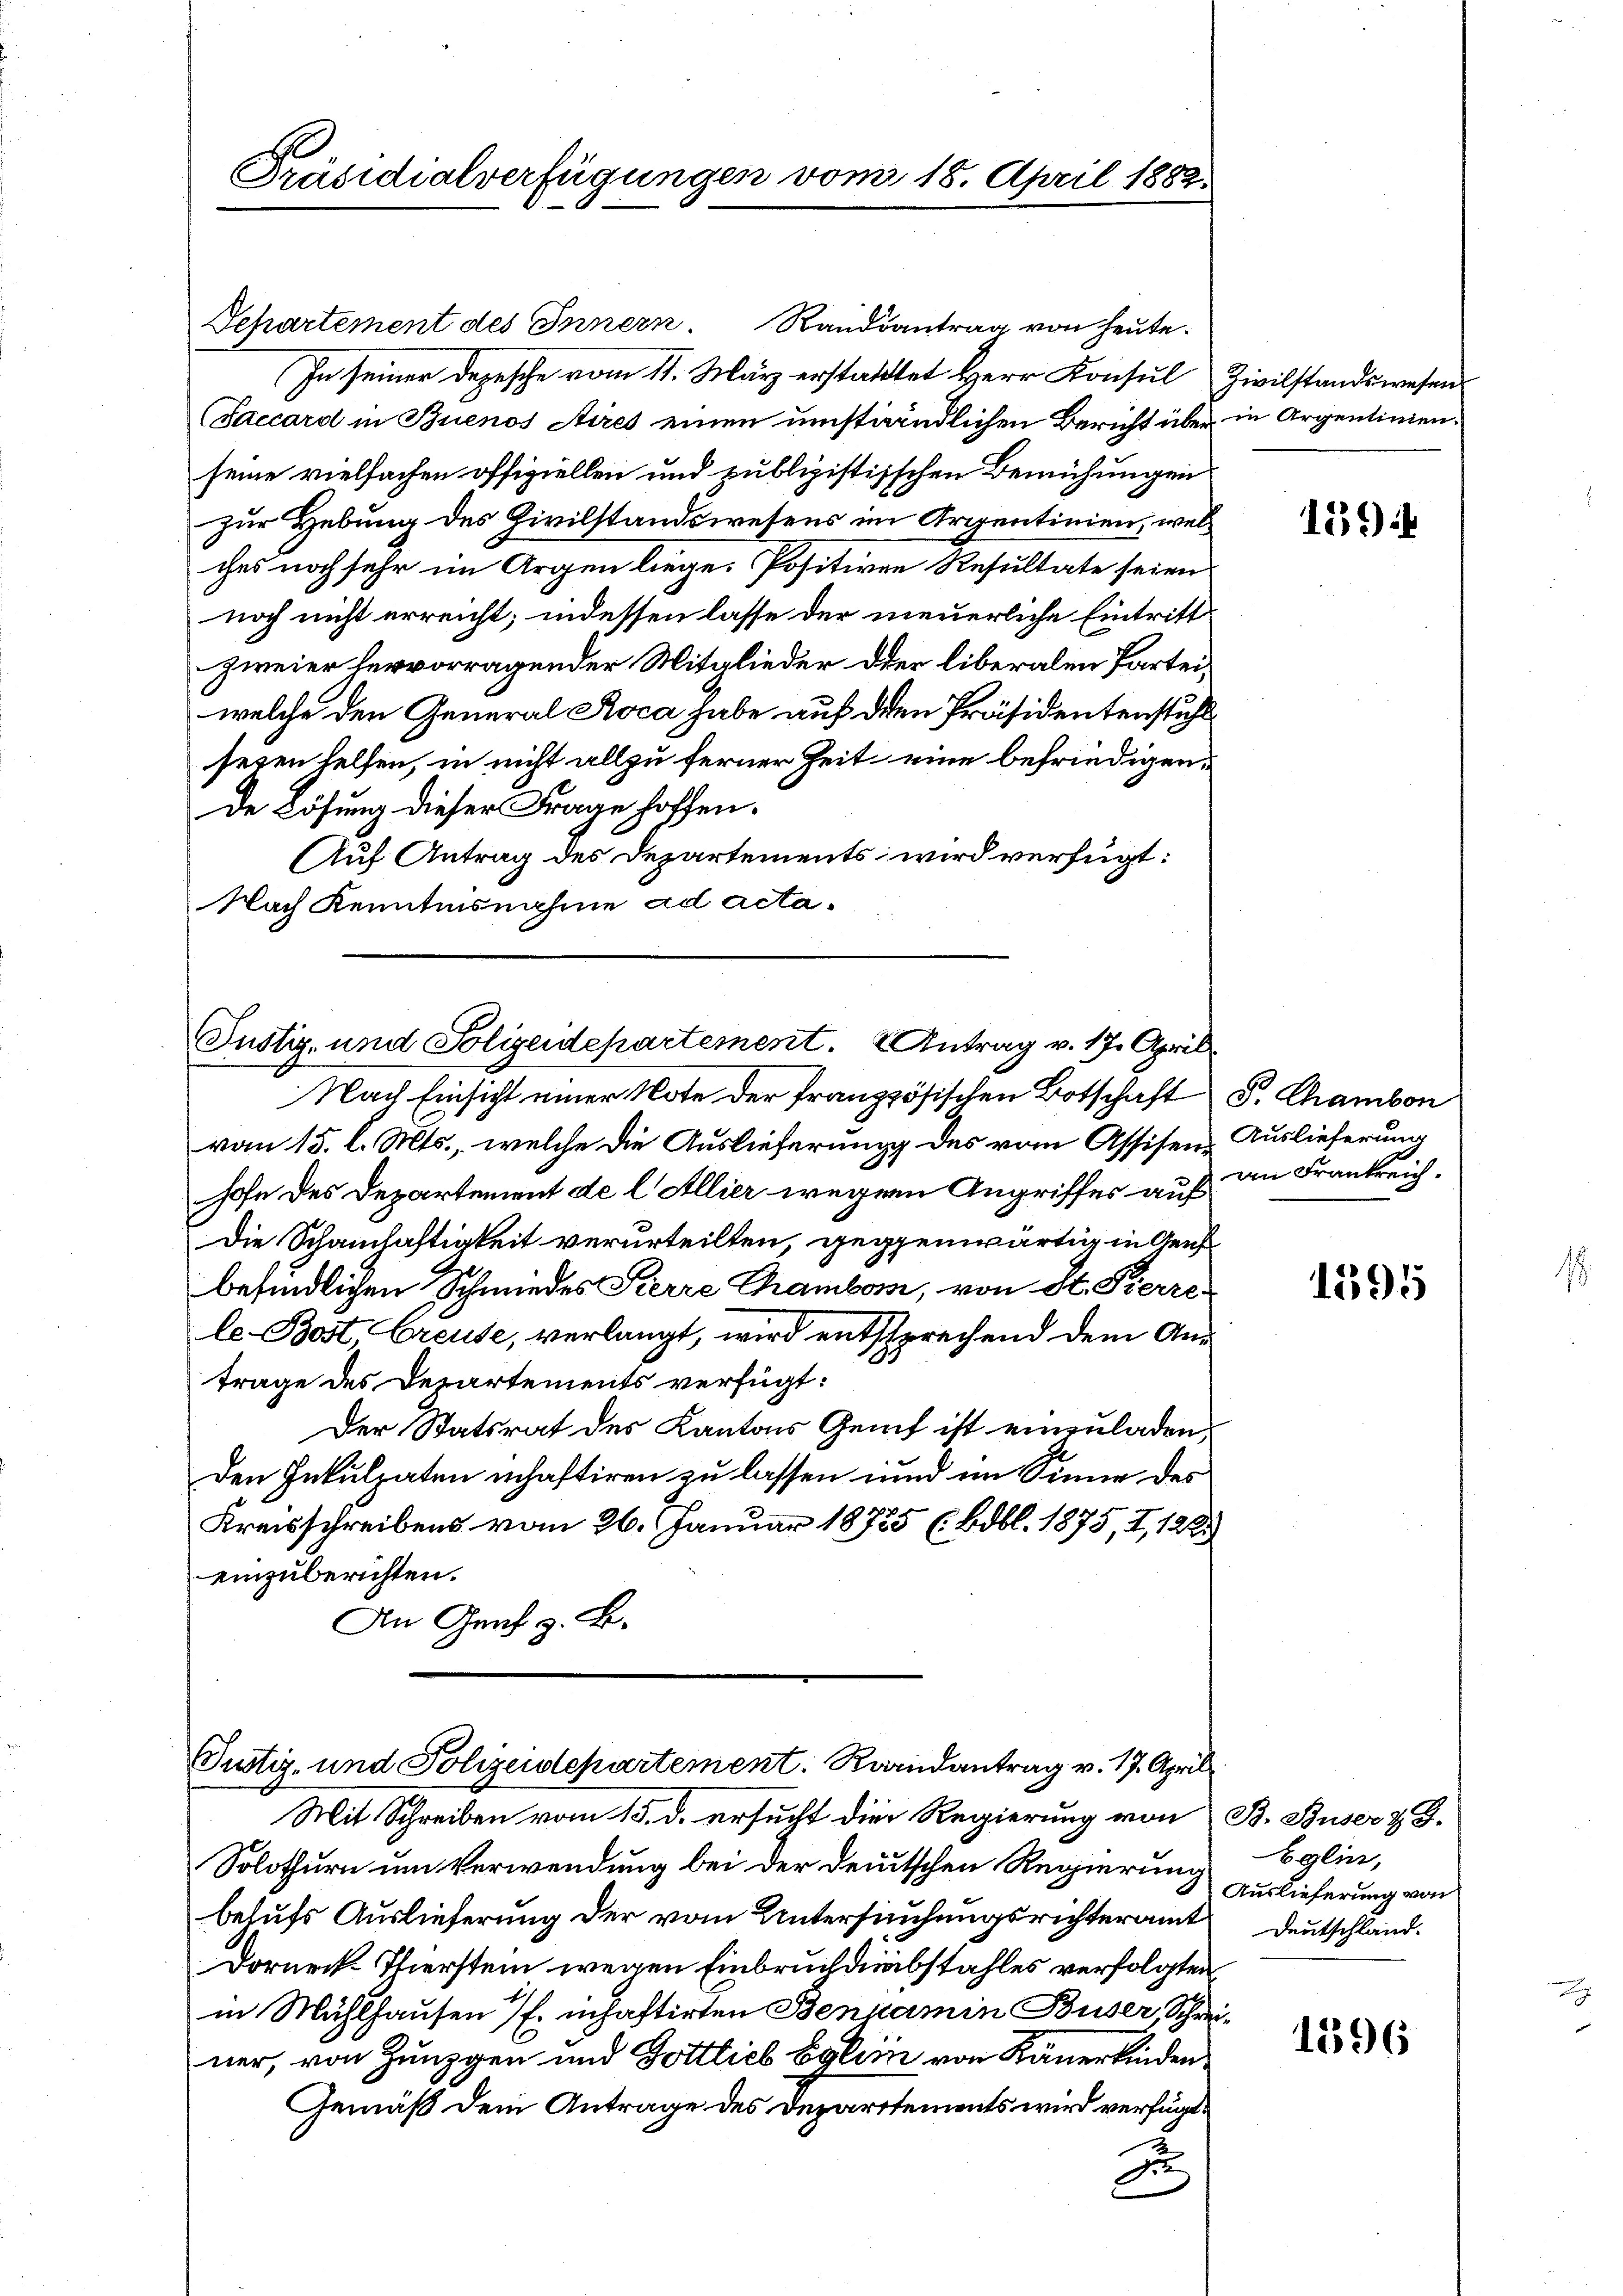
Präsidialverfügungen vom 18. April 1882.

Separtement des Innern. Randsantrag von heute.
In seiner Depesche vom 11. März erstattet Herr Konsul Zivilstandswesen
Saccord in Buenos Aires einen umständlichen Bericht über in Argentinien.
seine vielfachen offiziellen und publizistischen Bemühungen
zur Hebung des Zivilstandswesens im Arientinien, welches noch sehr im Argen liege. Positiven Resultate seien
noch nicht erreicht; indessen lasse der neuerliche Eintritt
zweier hervorragender Mitglieder oder liberalen Parteiwelche den General Roca habe auf den Präsidentenstuhl
seien helfen, in nicht allzu ferner Zeit eine befriedigende Lösung dieser Frage hoffen.
Auf Antrag des Departements wird verfügt:
Nach Kenntnisnahme ad acta¬

Justiz- und Polizeidepartement. 2 Antrag v. 17. April
Nach Einsicht einer Note der französischen Botschaft S. Chambon

vom 15. l. Mts., welche die Auslieferung des vom Assisen, Auslieferung
hofe des Departement de l. Allier wegen Angriffes auf an Frankreich¬
Die Schanhaftigkeit verurteilten, gegenwärtig in Geis
befindlichen Schmiedes Pierre Chamboni, von St. Pierre
le-Bost Greuse, verlangt, wird entsprechend dem Antrage des Departements verfügt:
Der Statsrat des Kantons Genf ist einzuladen,
Den Inkulpaten schaftiren zu lassen und im Sinne des
Kreisschreibens vom 26. Januar 18785 (Bdbl. 1875, I, 128
einzuberichten.
An Genf z. B.

Justiz- und Polizeidepartement. Kardantrag v. 17. April

Mit Schreiben vom 15. d. ersucht die Regierung von
Solothurn um Verwendung bei der deutschen Regierung
behufs Auslieferung der vom Untersuchungsrichteramt Deutschland¬
Dorneck-Thierstem wegen Einbruch diebstahles verfolgten
in Mühlhausen (s. inhaftirten Benjamin Buser, Schrei-
ner, von Zunzgen und Gottlieb Egli von Käuerkinden.
Gemäß dem Antrage des Departtements wird verfügt:
x
de

159)

1395

B. Stuser 2 J.
Eglin,
Auslieferung von

1596